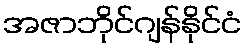
အဇာဘိုင်ဂျန်နိုင်ငံ